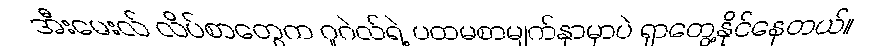
အီးမေးလ် လိပ်စာတွေက ဂူဂဲလ်ရဲ့ ပထမစာမျက်နှာမှာပဲ ရှာတွေ့နိုင်နေတယ်။